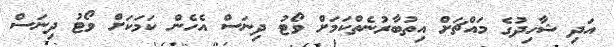
އަދި ޝާހިދުގެ މައްޗަށް އިތުބާރުނެތްކަމަށް ވޯޓު ދިނަސް އެހެން ކަމަކަށް ވޯޓު ދިނަސް